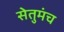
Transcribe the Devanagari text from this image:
सेतुमंच